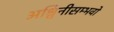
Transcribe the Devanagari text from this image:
अश्विनीसम्भवो